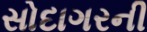
સોદાગરની